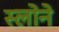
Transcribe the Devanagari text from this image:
स्‍लोने